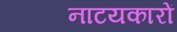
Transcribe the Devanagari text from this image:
नाटयकारों